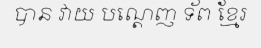
បាន វាយ បណ្តេញ ទ័ព ខ្មែរ